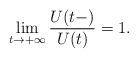
LaTeX: \begin{align*}\lim_{t\rightarrow +\infty }\frac{U(t-)}{U(t)}=1. \end{align*}